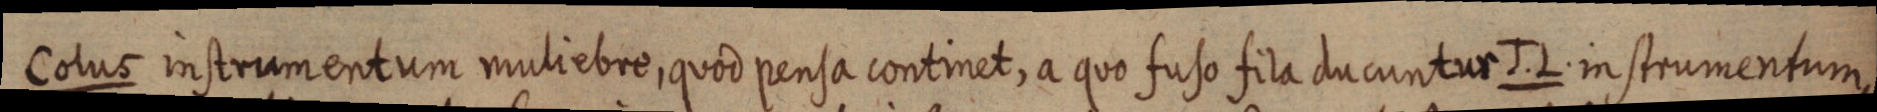
Colus instrumentum muliebre, quod pensa continet, a quo fuso fila ducuntur J. L. instrumentum,